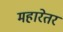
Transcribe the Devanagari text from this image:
महारेतर